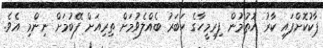
ޕާކުކޮށްފައި ކާރު އޮތުމުން ފިރިމީހާގެ ހަބަރު ބެއްލެވުމަށް ތިރިއަށް ފޭބުމަށް ނިންމި އެވެ.